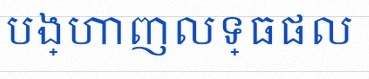
បង្ហាញលទ្ធផល